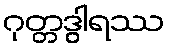
ဂုတ္တဒွါရဿ